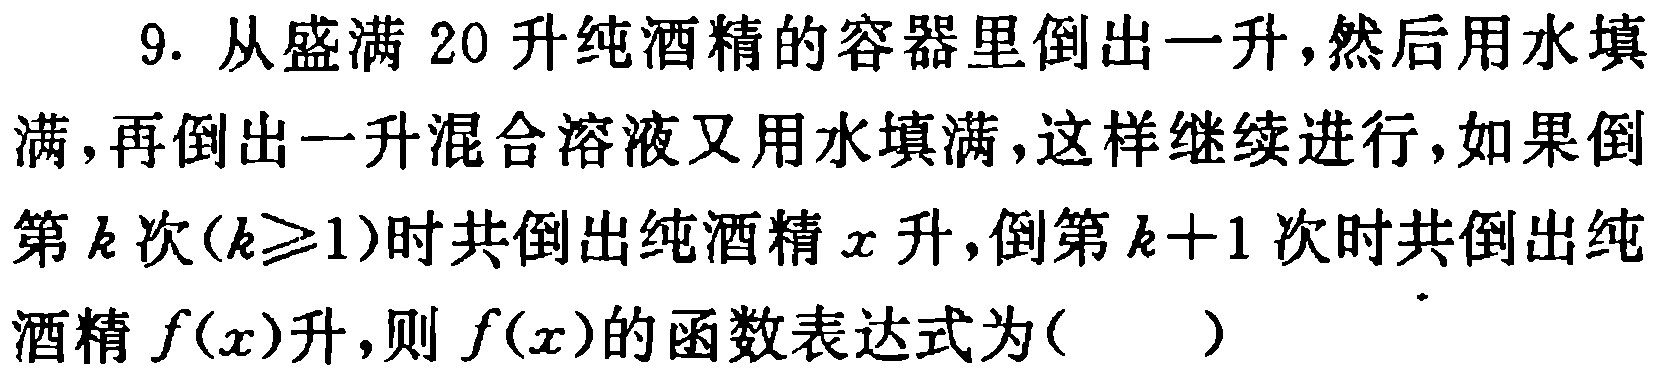
9. 从盛满 \(20\) 升纯酒精的容器里倒出一升，然后用水填满，再倒出一升混合溶液又用水填满，这样继续进行，如果倒第 \(k\) 次(\(k\geqslant1\))时共倒出纯酒精 \(x\) 升，倒第 \(k + 1\) 次时共倒出纯酒精 \(f(x)\)升，则 \(f(x)\)的函数表达式为(  )